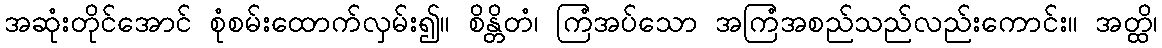
အဆုံးတိုင်အောင် စုံစမ်းထောက်လှမ်း၍။ စိန္တိတံ၊ ကြံအပ်သော အကြံအစည်သည်လည်းကောင်း။ အတ္ထိ၊